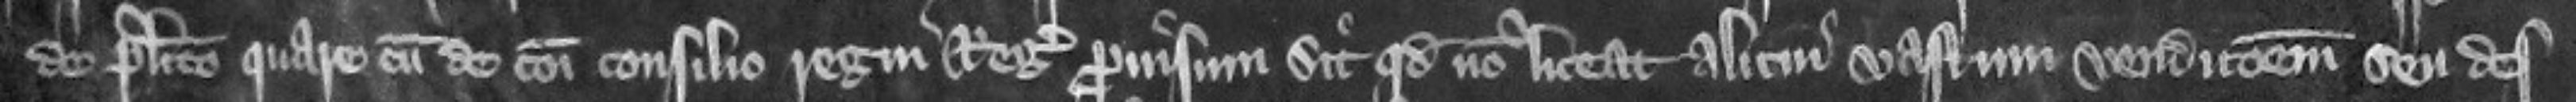
de placito quare cum de communi consilio regni regis prouisum sit quod non liceat alicui vastum vendicionem seu des